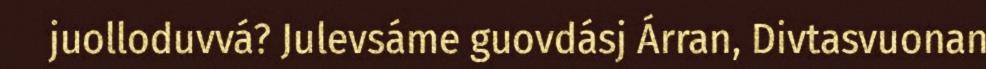
juolloduvvá? Julevsáme guovdásj Árran, Divtasvuonan